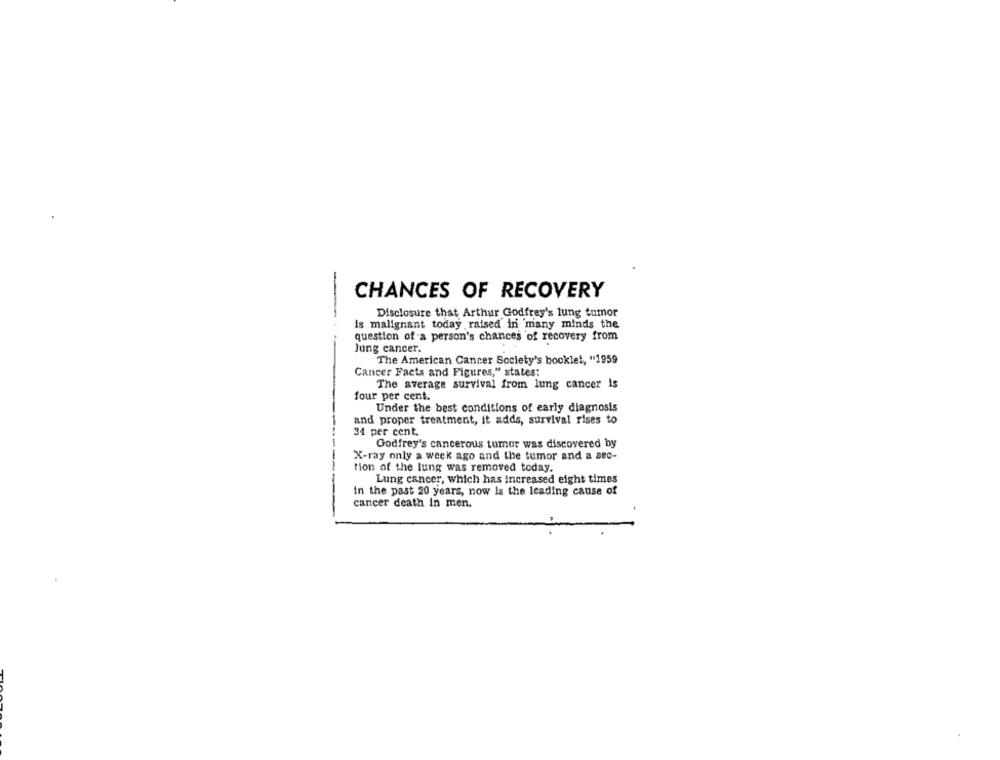
-
CHANCES OF RECOVERY
Disclosure that Arthur Godfrey's lung tumor
is malignant today raised in many minds the
question of a person's chances of recovery from
Jung cancer.
The American Cancer Society's booklet, "1959
Cancer Facts and Figures," states:
The average survival from lung cancer is
four per cent.
Under the best conditions of early diagnosis
and proper treatment, it adds, survival rises to
34 per cent.
Godfrey's cancerous tumor was discovered by
X-ray only a week ago and the tumor and a sec-
tion of the lung was removed today.
Lung cancer, which has increased eight times
in the past 20 years, now Is the leading cause of
cancer death in men.